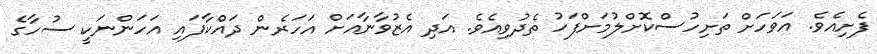
ފެށިއެވެ. އަވަހަށް ތަށިހުސްކޮށްލުމަށްފަހު ތެދުވިއެވެ. އަދި އެޒުވާނާއަށް އަހަރެން ދައްކާފައި އަހަންނަކީ ސުހާގެ